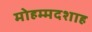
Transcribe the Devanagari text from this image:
मोहम्मदशाह